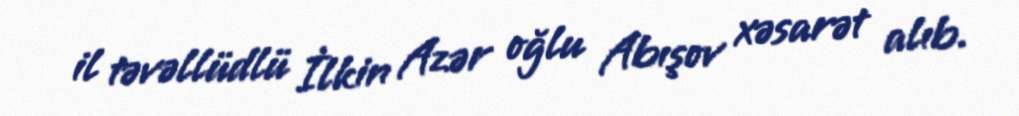
il təvəllüdlü İlkin Azər oğlu Abışov xəsarət alıb.